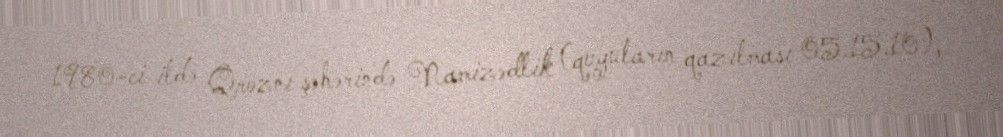
1980-ci ildə Qroznı şəhərində Namizədlik (quyuların qazılması 05.15.10),